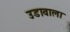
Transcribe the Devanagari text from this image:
उडावाला